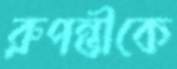
রুপন্তীকে